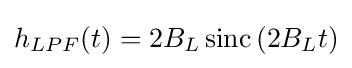
h_{LPF}(t)=2B_{L}\operatorname {sinc} \left(2B_{L}t\right)